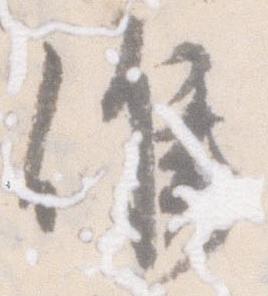
候